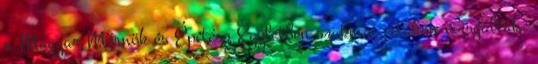
a Magyar Mérnök és Építész Egyletben szakmai vitákon vizsgálták.